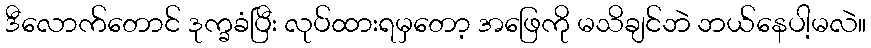
ဒီလောက်တောင် ဒုက္ခခံပြီး လုပ်ထားရမှတော့ အဖြေကို မသိချင်ဘဲ ဘယ်နေပါ့မလဲ။